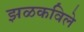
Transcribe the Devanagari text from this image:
झळकविले